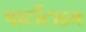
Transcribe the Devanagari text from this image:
पार्टीटाइम